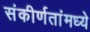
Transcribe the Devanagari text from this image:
संकीर्णतांमध्ये